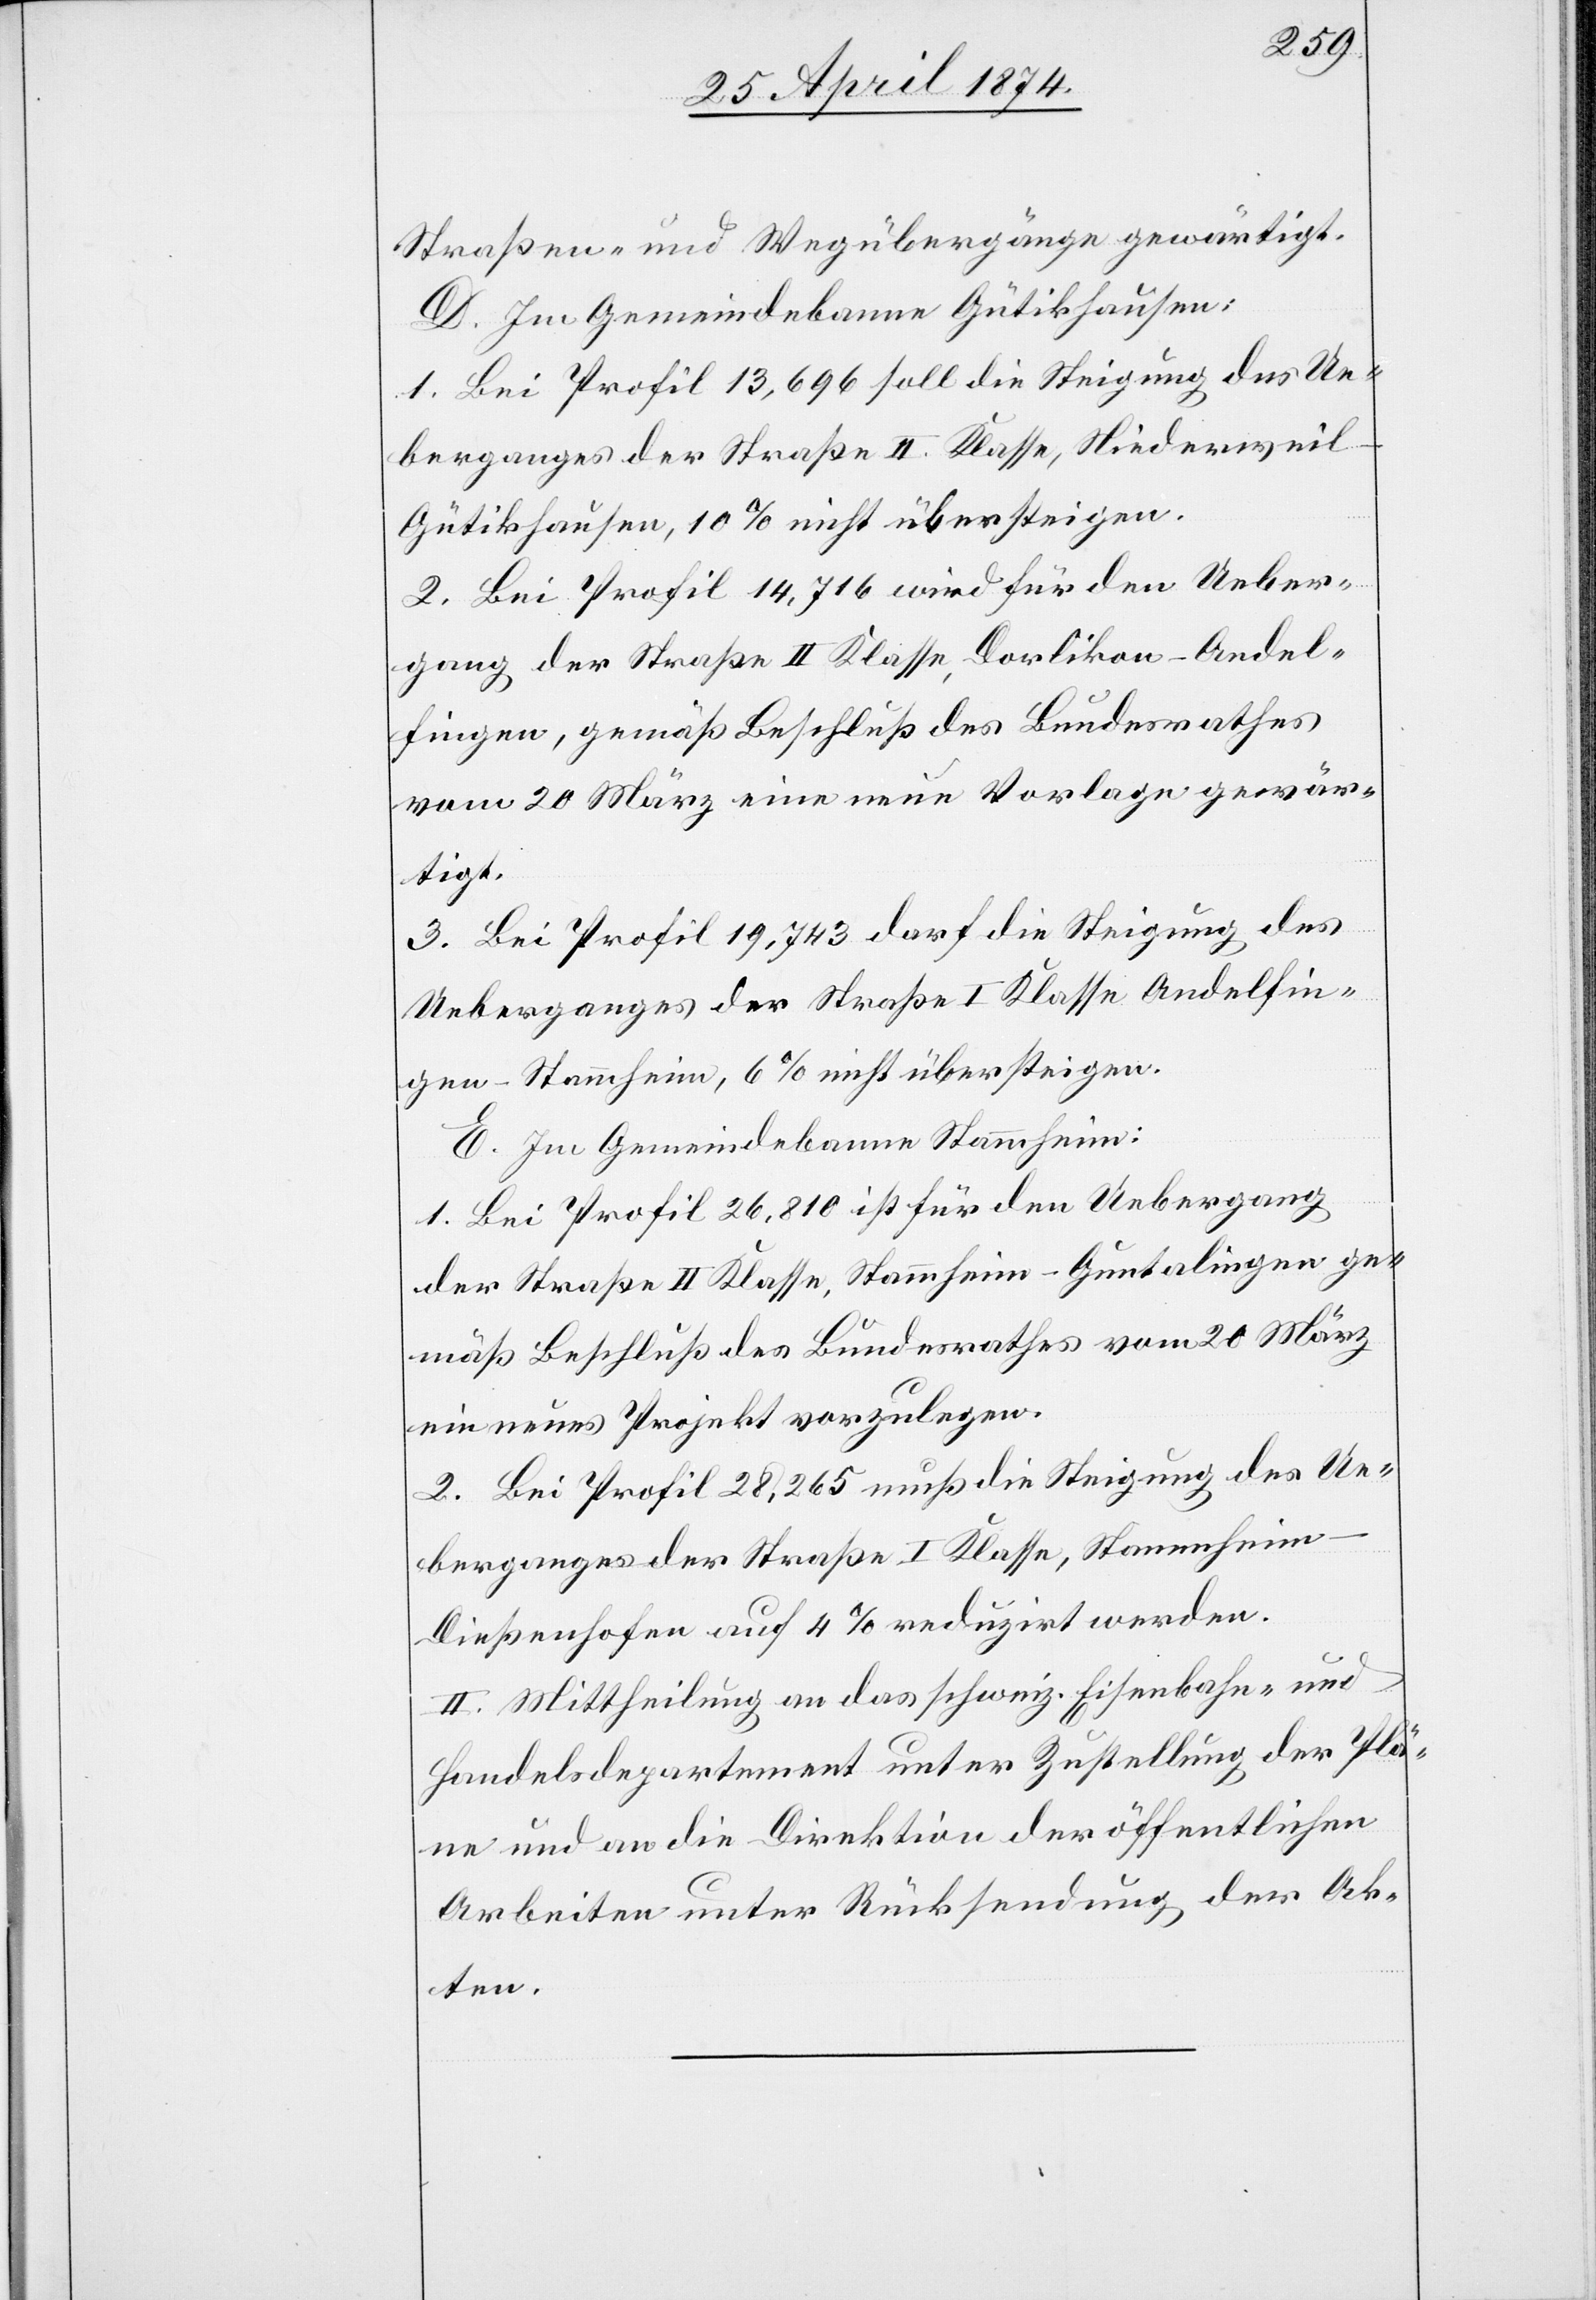
Straßen- und Wegübergänge gewärtigt.
D. Im Gemeindebanne Gütikhausen:
1. Bei Profil 13,696 soll die Steigung des Ue¬
berganges der Straße II. Klasse, Niederweil-G¬
ütikhausen, 10% nicht übersteigen.
2. Bei Profil 14,716 wird für den Ueber¬
gang der Straße II. Klasse, Dorlikon-Andel¬
fingen, gemäß Beschluß des Bundesrathes
vom 20. März eine neue Vorlage gewär¬
tigt.
3. Bei Profil 19,743 darf die Steigung des
Ueberganges der Straße I. Klasse Andelfin¬
gen-Stammheim, 6% nicht übersteigen.
E. Zum Gemeindebanne Stammheim:
1. Bei Profil 26,810 ist für den Uebergang
der Straße II. Klasse, Stammheim-Guntalingen ge¬
mäß Beschluß des Bundesrathes vom 20. März
ein neues Projekt vorzulegen.
2. Bei Profil 28,265 muß die Steigung des Ue¬
berganges der Straße I. Klasse, Stammheim-D¬
ießenhofen auf 4% reduzirt werden.
II. Mittheilung an das schweiz. Eisenbahn- und
Handelsdepartement unter Zustellung der Plä¬
ne und an die Direktion der öffentlichen
Arbeiten unter Rücksendung der Ak¬
ten.